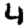
Digit: 4